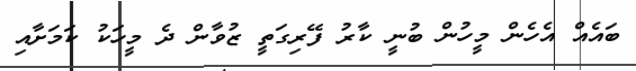
ބައެއް އެހެން މީހުން ބުނީ ކާރު ފޭރިގަތީ ޒުވާން ދެ މީހަކު ކަމަށާއި